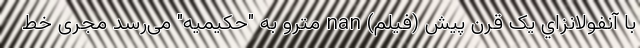
با آنفولانزاي یک قرن پیش (فیلم) nan مترو به "حکیمیه" می‌رسد مجری خط